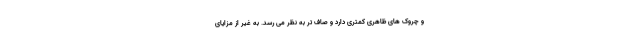
و چروک های ظاهری کمتری دارد و صاف تر به نظر می رسد. به غیر از مزایای